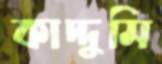
কাদ্দুমি